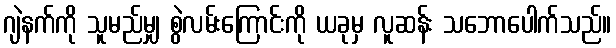
ဂျဲနက်ကို သူမည်မျှ စွဲလမ်းကြောင်းကို ယခုမှ လူဆန်း သဘောပေါက်သည်။